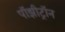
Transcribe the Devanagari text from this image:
पॉझीट्रॉन